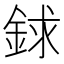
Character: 銶